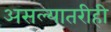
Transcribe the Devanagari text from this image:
असल्यातरीही